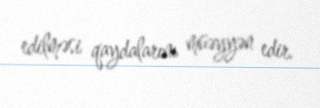
edilməsi qaydalarını müəyyən edir.